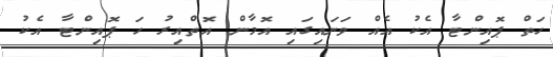
ހަތް ޕޮއިންޓާ އެކު އެއް ވަނައިގައި އޮމާން އޮތްއިރު ހަ ޕޮއިންޓާ އެކު